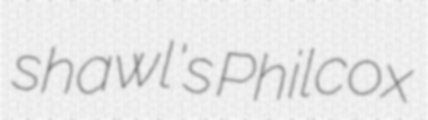
shawl's Philcox